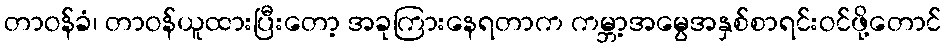
တာဝန်ခံ၊ တာဝန်ယူထားပြီးတော့ အခုကြားနေရတာက ကမ္ဘာ့အမွေအနှစ်စာရင်းဝင်ဖို့တောင်